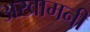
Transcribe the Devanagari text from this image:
अखामनी